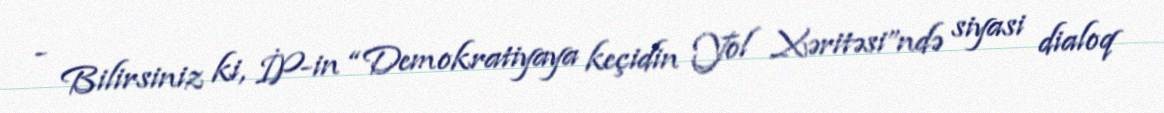
- Bilirsiniz ki, İP-in “Demokratiyaya keçidin Yol Xəritəsi”ndə siyasi dialoq